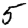
Digit: 5